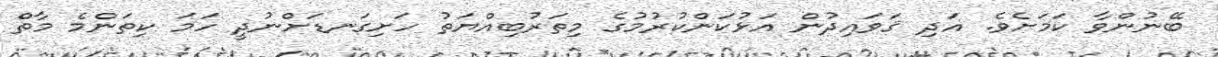
ބޭނުންވާ ކަމަށެވެ. އަދި ޤަވައިދުން އަޅުކަންކުރުމުގެ މިތަރުބިއްޔަތު ހަށިގަނޑަށްނުދީ ހަމަ ކިތަންމެ މާތް